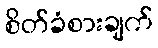
စိတ်ခံစားချက်